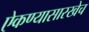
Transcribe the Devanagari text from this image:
ऐकण्यासारखेच